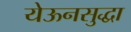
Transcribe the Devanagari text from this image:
येऊनसुद्धा